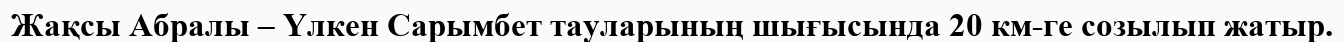
Жақсы Абралы – Үлкен Сарымбет тауларының шығысында 20 км-ге созылып жатыр.